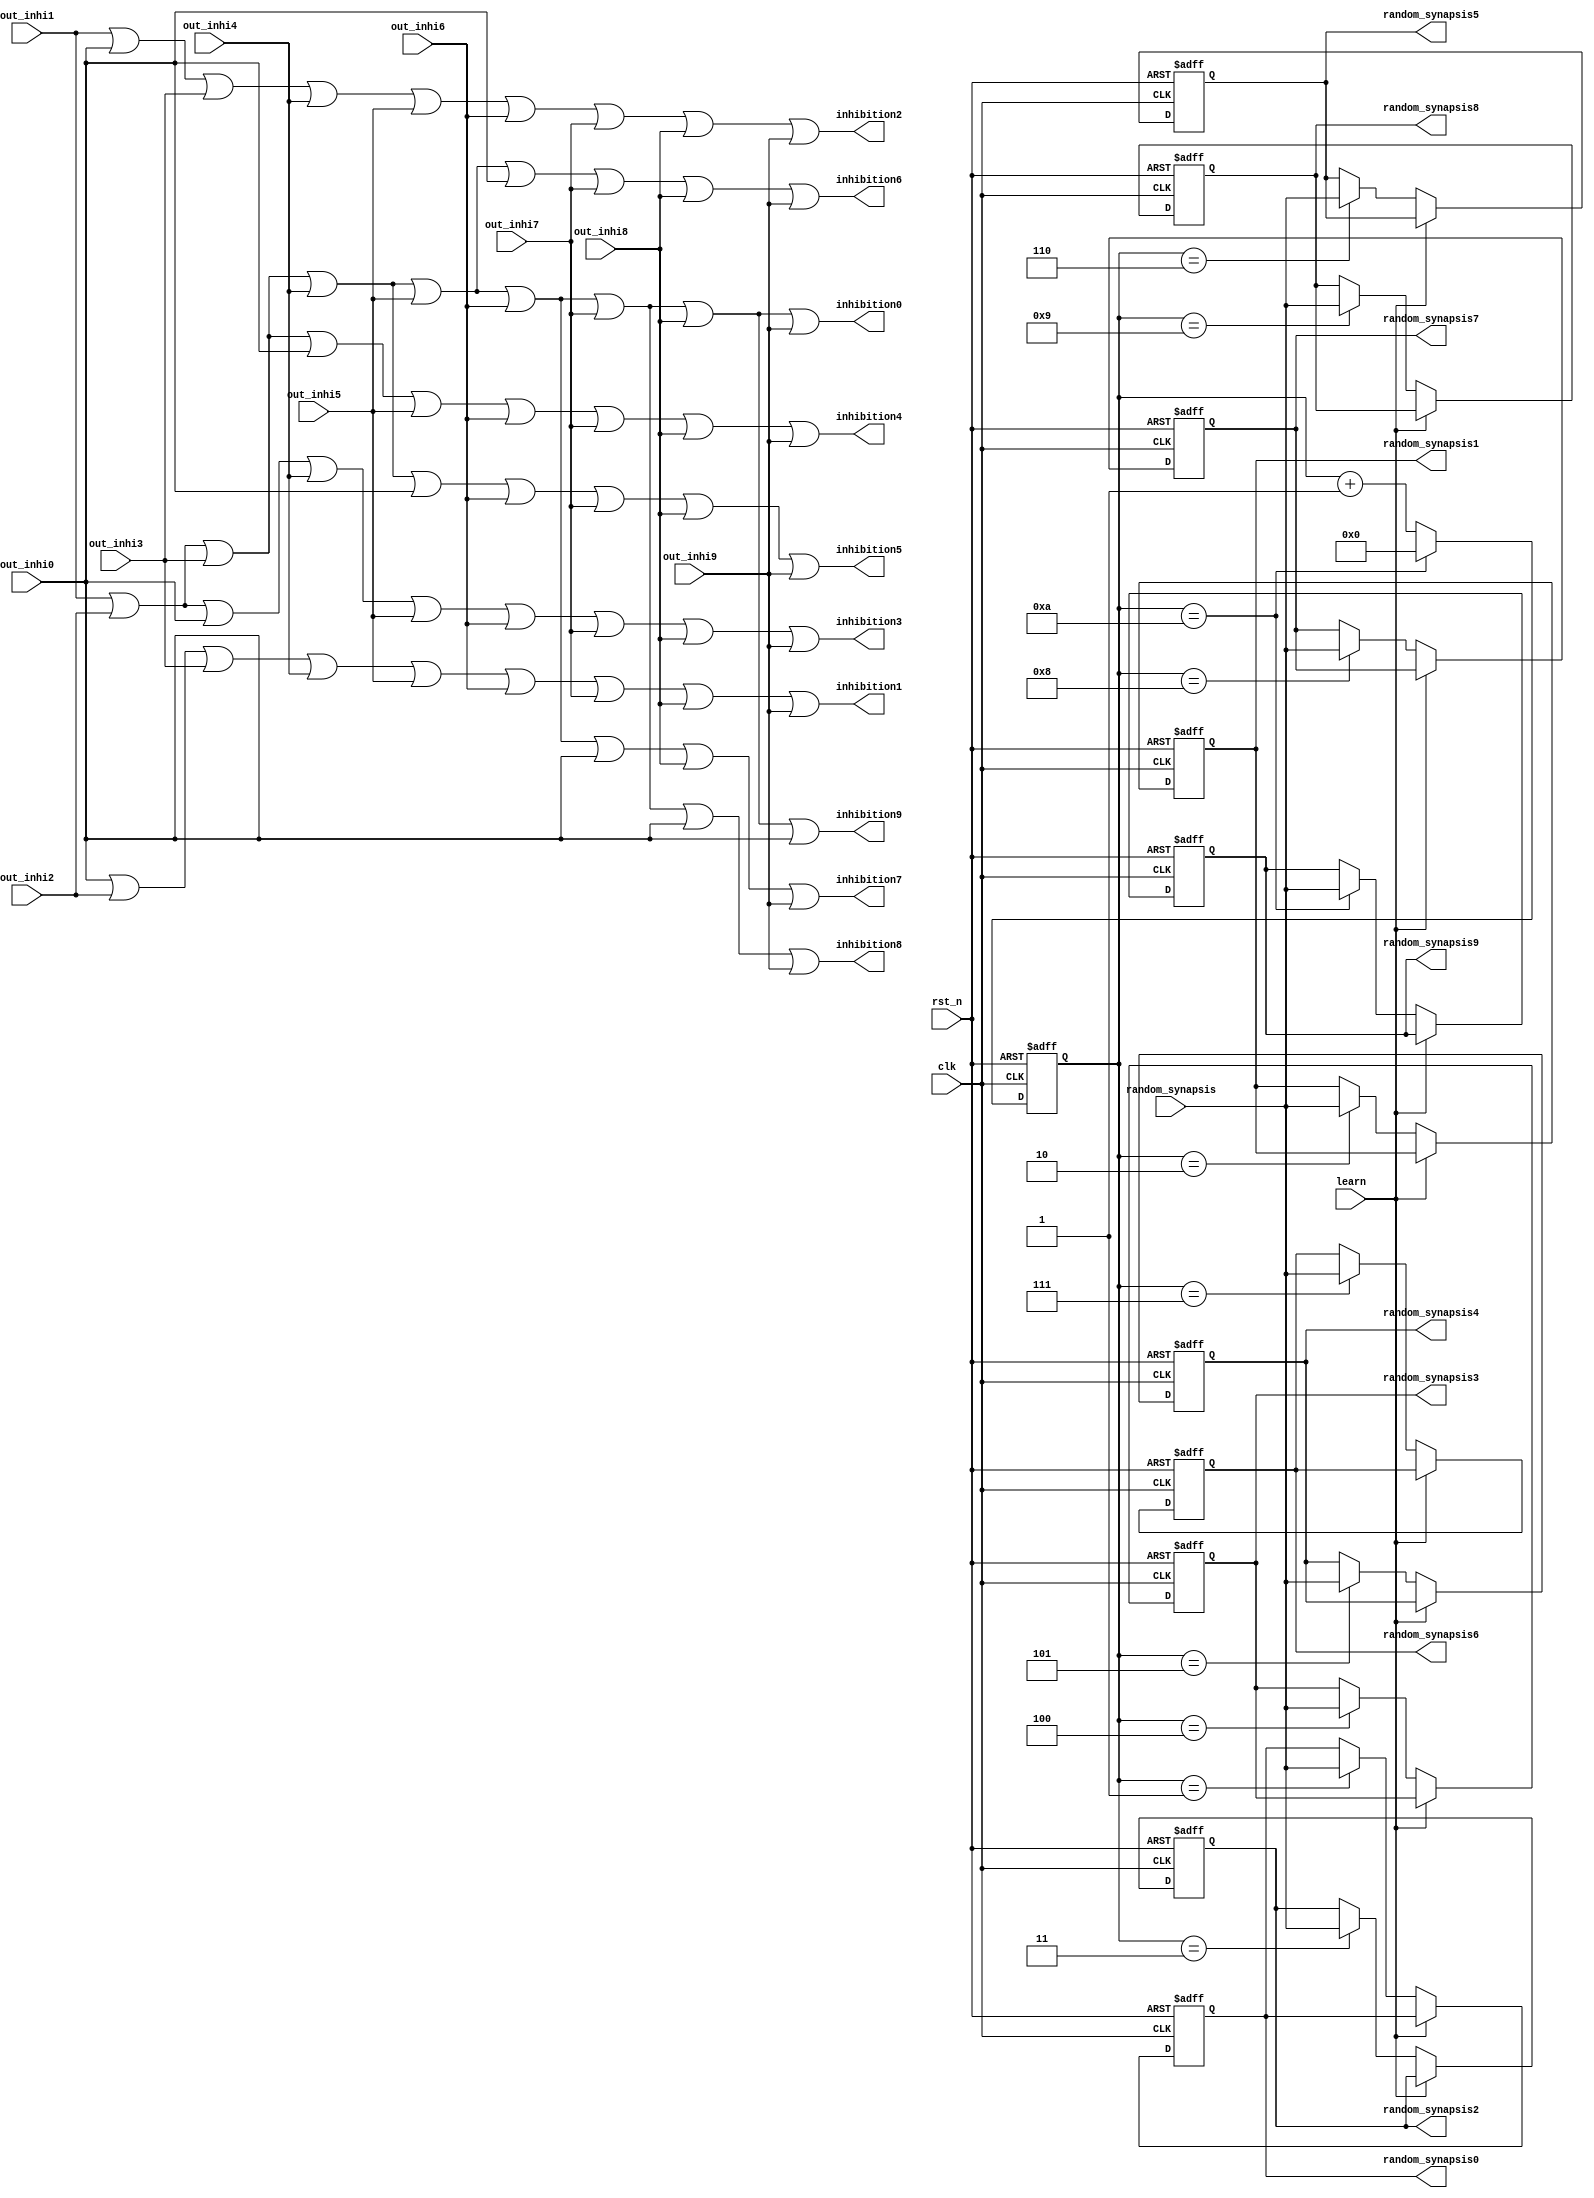
module top_wire(
	input 	clk,
	input 	rst_n,
	input		learn,
	input		[25:1]random_synapsis,
	input		out_inhi0,
	input		out_inhi1,
	input		out_inhi2,
	input		out_inhi3,
	input		out_inhi4,
	input		out_inhi5,
	input		out_inhi6,
	input		out_inhi7,
	input		out_inhi8,
	input		out_inhi9,
	
	output	inhibition0,
	output	inhibition1,
	output	inhibition2,
	output	inhibition3,
	output	inhibition4,
	output	inhibition5,
	output	inhibition6,
	output	inhibition7,
	output	inhibition8,
	output	inhibition9,
	output	reg [25:1]random_synapsis0,
	output   reg [25:1]random_synapsis1,
	output   reg [25:1]random_synapsis2,
	output   reg [25:1]random_synapsis3,
	output   reg [25:1]random_synapsis4,
	output   reg [25:1]random_synapsis5,
	output   reg [25:1]random_synapsis6,
	output   reg [25:1]random_synapsis7,
	output   reg [25:1]random_synapsis8,
	output   reg [25:1]random_synapsis9
);

reg [3:0]cnt;
//
always@(posedge clk or negedge rst_n)
begin
	if(!rst_n)
		cnt <= 4'd0;
	else if(cnt == 4'd10)
		cnt <= 4'd0;
	else
		cnt <= cnt + 4'd1;
end
always@(posedge clk or negedge rst_n)
begin
	if(!rst_n)begin
		 random_synapsis0 <= 25'd0;
		 random_synapsis1 <= 25'd0;
		 random_synapsis2 <= 25'd0;
		 random_synapsis3 <= 25'd0;
		 random_synapsis4 <= 25'd0;
		 random_synapsis5 <= 25'd0;
		 random_synapsis6 <= 25'd0;
		 random_synapsis7 <= 25'd0;
		 random_synapsis8 <= 25'd0;
		 random_synapsis9 <= 25'd0;
	end
	else if(learn == 1'b0)begin
		case(cnt)
			1:random_synapsis0 <= random_synapsis;
			2:random_synapsis1 <= random_synapsis;
			3:random_synapsis2 <= random_synapsis;
			4:random_synapsis3 <= random_synapsis;
			5:random_synapsis4 <= random_synapsis;
			6:random_synapsis5 <= random_synapsis;
			7:random_synapsis6 <= random_synapsis;
			8:random_synapsis7 <= random_synapsis;
			9:random_synapsis8 <= random_synapsis;
			10:random_synapsis9 <= random_synapsis;
		endcase
	end
end
//
assign inhibition0 = out_inhi1|out_inhi2|out_inhi3|out_inhi4|out_inhi5|out_inhi6|out_inhi7|out_inhi8|out_inhi9;
assign inhibition1 = out_inhi0|out_inhi2|out_inhi3|out_inhi4|out_inhi5|out_inhi6|out_inhi7|out_inhi8|out_inhi9;
assign inhibition2 = out_inhi1|out_inhi0|out_inhi3|out_inhi4|out_inhi5|out_inhi6|out_inhi7|out_inhi8|out_inhi9;
assign inhibition3 = out_inhi1|out_inhi2|out_inhi0|out_inhi4|out_inhi5|out_inhi6|out_inhi7|out_inhi8|out_inhi9;
assign inhibition4 = out_inhi1|out_inhi2|out_inhi3|out_inhi0|out_inhi5|out_inhi6|out_inhi7|out_inhi8|out_inhi9;
assign inhibition5 = out_inhi1|out_inhi2|out_inhi3|out_inhi4|out_inhi0|out_inhi6|out_inhi7|out_inhi8|out_inhi9;
assign inhibition6 = out_inhi1|out_inhi2|out_inhi3|out_inhi4|out_inhi5|out_inhi0|out_inhi7|out_inhi8|out_inhi9;
assign inhibition7 = out_inhi1|out_inhi2|out_inhi3|out_inhi4|out_inhi5|out_inhi6|out_inhi0|out_inhi8|out_inhi9;
assign inhibition8 = out_inhi1|out_inhi2|out_inhi3|out_inhi4|out_inhi5|out_inhi6|out_inhi7|out_inhi0|out_inhi9;
assign inhibition9 = out_inhi1|out_inhi2|out_inhi3|out_inhi4|out_inhi5|out_inhi6|out_inhi7|out_inhi8|out_inhi0;
endmodule